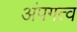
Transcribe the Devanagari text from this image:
अंपगत्व